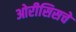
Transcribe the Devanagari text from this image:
ओरीसिसचे